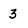
Character: 3